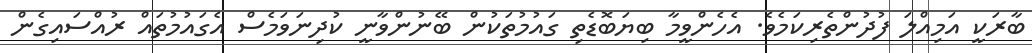
ބާރަކީ އަމިއްލަ ފުދުންތެރިކަމެވެ. އެހެންވީމާ ބިޔަބޮޑެތި ގައުމުތަކުން ބޭނުންވާނީ ކުދިނަވަމެސް އެގައުމުތައް ރުއްސައިގެން